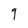
Character: 9